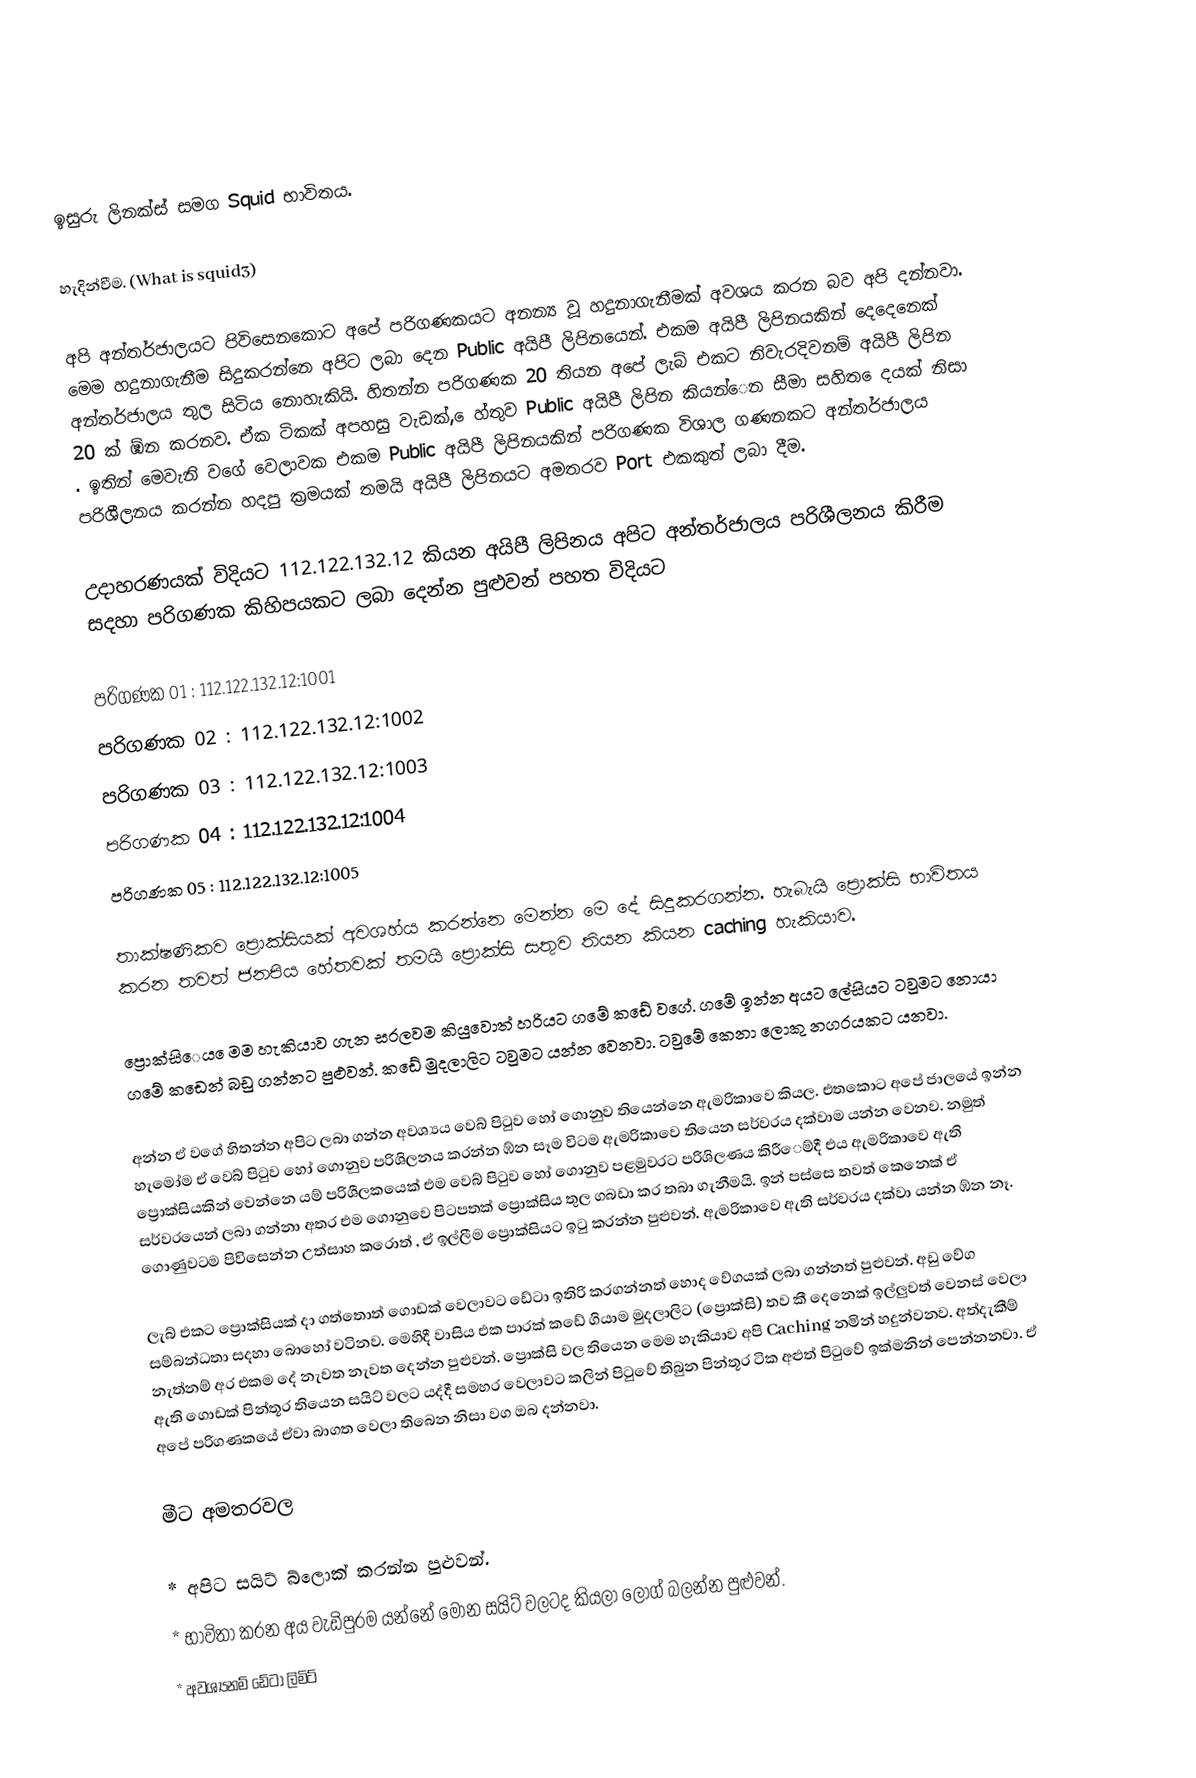

ඉසුරු ලිනක්ස් සමග Squid භාවිතය.

හැදින්වීම. (What is squid3)

අපි අන්තර්ජාලයට පිවිසෙනකොට අපේ පරිගණකයට අනන්‍ය වූ හදුනාගැනීමක් අවශය කරන බව අපි දන්නවා. මෙම හදුනාගැනීම සිදුකරන්නෙ අපිට ලබා දෙන Public අයිපී ලිපිනයෙන්. එකම අයිපී ලිපිනයකින් දෙදෙනෙක් අන්තර්ජාලය තුල සිටිය නොහැකියි. හිතන්න පරිගණක 20 තියන අපේ ලැබ් එකට නිවැරදිවනම් අයිපී ලිපින 20 ක් ඹ්න කරනව. ඒක ටිකක් අපහසු වැඩක්, ෙහ්තුව Public අයිපී ලිපින කියන්ෙන සීමා සහිත ෙදයක් නිසා . ඉතින් මෙවැනි වගේ වෙලාවක එකම Public අයිපී ලිපිනයකින් පරිගණක විශාල ගණනකට අන්තර්ජාලය පරිශීලනය කරන්න හදපු ක්‍රමයක් තමයි අයිපී ලිපිනයට අමතරව Port එකකුත් ලබා දීම.

උදාහරණයක් විදියට 112.122.132.12 කියන අයිපී ලිපිනය අපිට අන්තර්ජාලය පරිශීලනය කිරීම සදහා පරිගණක කිහිපයකට ලබා දෙන්න පුළුවන් පහත විදියට

පරිගණක 01 : 112.122.132.12:1001
පරිගණක 02 : 112.122.132.12:1002
පරිගණක 03 : 112.122.132.12:1003
පරිගණක 04 : 112.122.132.12:1004
පරිගණක 05 : 112.122.132.12:1005

තාක්ෂණිකව ප්‍රොක්සියක් අවශහ්ය කරන්නෙ මෙන්න මෙ දේ සිදුකරගන්න. හැබැයි ප්‍රොක්සි භාවිතය කරන තවත් ජනපිය හේතවක් තමයි ප්‍රොක්සි සතුව තියන කියන caching හැකියාව.

ප්‍රොක්සිෙය ෙමම හැකියාව ගැන සරලවම කියුවොත් හරියට ගමේ කඩේ වගේ. ගමේ ඉන්න අයට ලේසියට ටවුමට නොයා ගමේ කඩෙන් බඩු ගන්නට පුළුවන්. කඩේ මුදලාලිට ටවුමට යන්න වෙනවා. ටවුමේ කෙනා ලොකු නගරයකට යනවා.

අන්න ඒ වගේ හිතන්න අපිට ලබා ගන්න අවශ්‍යය වෙබ් පිටුව හෝ ගොනුව තියෙන්නෙ ඇමරිකාවෙ කියල. එතකොට අපේ ජාලයේ ඉන්න හැමෝම ඒ වෙබ් පිටුව හෝ ගොනුව පරිශිලනය කරන්න ඹ්න සෑම විටම ඇමරිකාවෙ තියෙන සර්වරය දක්වාම යන්න වෙනව. නමුත් ප්‍රොක්සියකින් වෙන්නෙ යම් පරිශීලකයෙක් එම වෙබ් පිටුව හෝ ගොනුව පළමුවරට පරිශිලණය කිරීෙම්දී එය ඇමරිකාවෙ ඇති සර්වරයෙන් ලබා ගන්නා අතර එම ගොනුවෙ පිටපතක් ප්‍රොක්සිය තුල ගබඩා කර තබා ගැනීමයි. ඉන් පස්සෙ තවත් කෙනෙක් ඒ ගොණුවටම පිවිසෙන්න උත්සාහ කරොත් , ඒ ඉල්ලීම ප්‍රොක්සියට ඉටු කරන්න පුළුවන්. ඇමරිකාවෙ ඇති සර්වරය දක්වා යන්න ඹ්න නෑ.

ලැබ් එකට ප්‍රොක්සියක් දා ගත්තොත් ගොඩක් වෙලාවට ඩේටා ඉතිරි කරගන්නත් හොද වේගයක් ලබා ගන්නත් පුළුවන්. අඩු වේග සම්බන්ධතා සදහා බොහෝ වටිනව. මෙහිදී වාසිය එක පාරක් කඩේ ගියාම මුදලාලිට (ප්‍රොක්සි) තව කී දෙනෙක් ඉල්ලුවත් වෙනස් වෙලා නැත්නම් අර එකම දේ නැවත නැවත දෙන්න පුළුවන්. ප්‍රොක්සි වල තියෙන මෙම හැකියාව අපි Caching නමින් හදුන්වනව. අත්දැකීම් ඇති ගොඩක් පින්තූර තියෙන සයිට් වලට යද්දී සමහර වෙලාවට කලින් පිටුවේ තිබුන පින්තූර ටික අළුත් පිටුවේ ඉක්මනින් පෙන්නනවා. ඒ අපේ පරිගණකයේ ඒවා බාගත වෙලා තිබෙන නිසා වග ඔබ දන්නවා.

මීට අමතරවල

    * අපිට සයිට් බ්ලොක් කරන්න පුළුවන්.
    * භාවිතා කරන අය වැඩිපුරම යන්නේ මොන සයිට් වලටද කියලා ලොග් බලන්න පුළුවන්.
    * අවශ්‍යනම් ඩේටා ලිමිට්